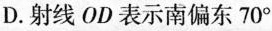
D.射线OD表示南偏东70°